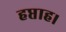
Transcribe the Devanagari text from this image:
हप्ताह।